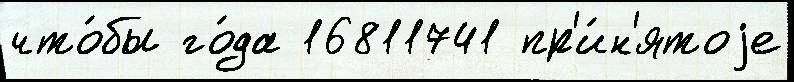
что́бы го́да 16811741 пр'и́н'ятоjе